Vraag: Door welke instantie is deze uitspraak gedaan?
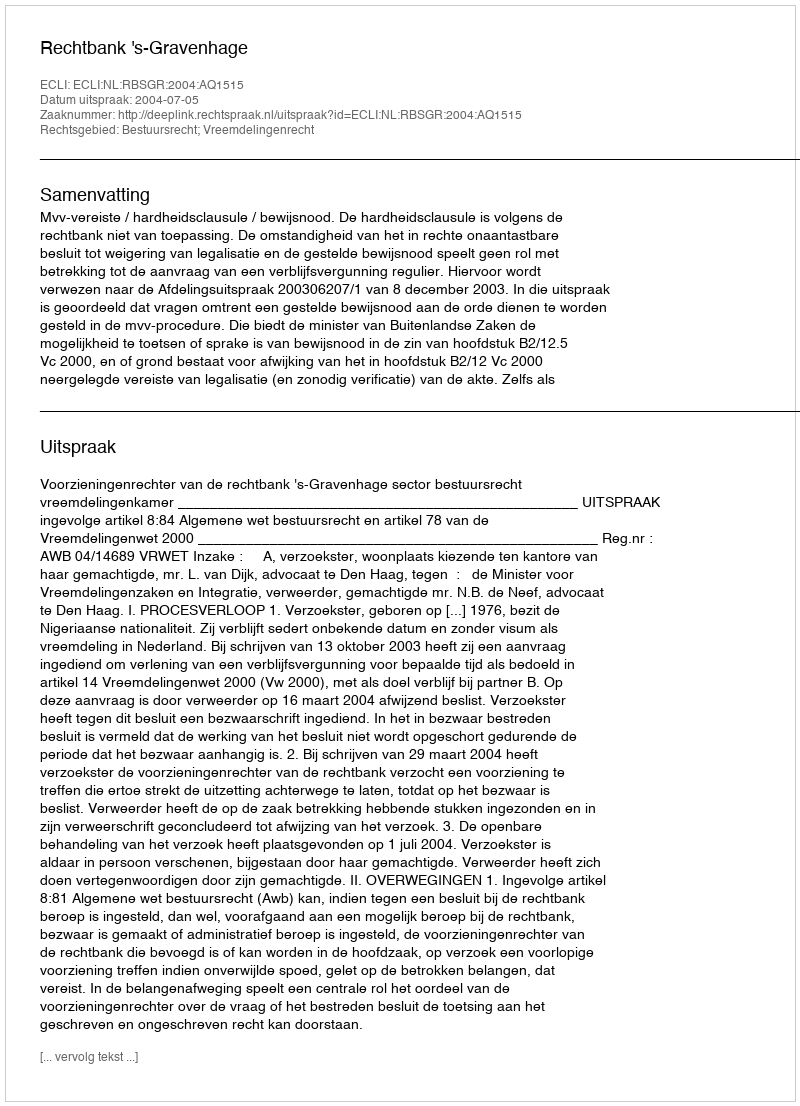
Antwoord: Rechtbank 's-Gravenhage